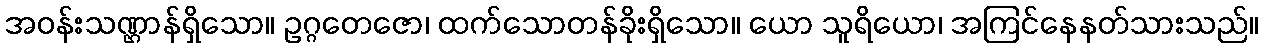
အဝန်းသဏ္ဌာန်ရှိသော။ ဥဂ္ဂတေဇော၊ ထက်သောတန်ခိုးရှိသော။ ယော သူရိယော၊ အကြင်နေနတ်သားသည်။